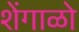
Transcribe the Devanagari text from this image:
शेंगाळो